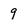
Character: 9